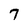
Character: 7